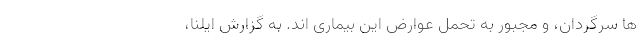
ها سرگردان، و مجبور به تحمل عوارض این بیماری اند. به گزارش ایلنا،